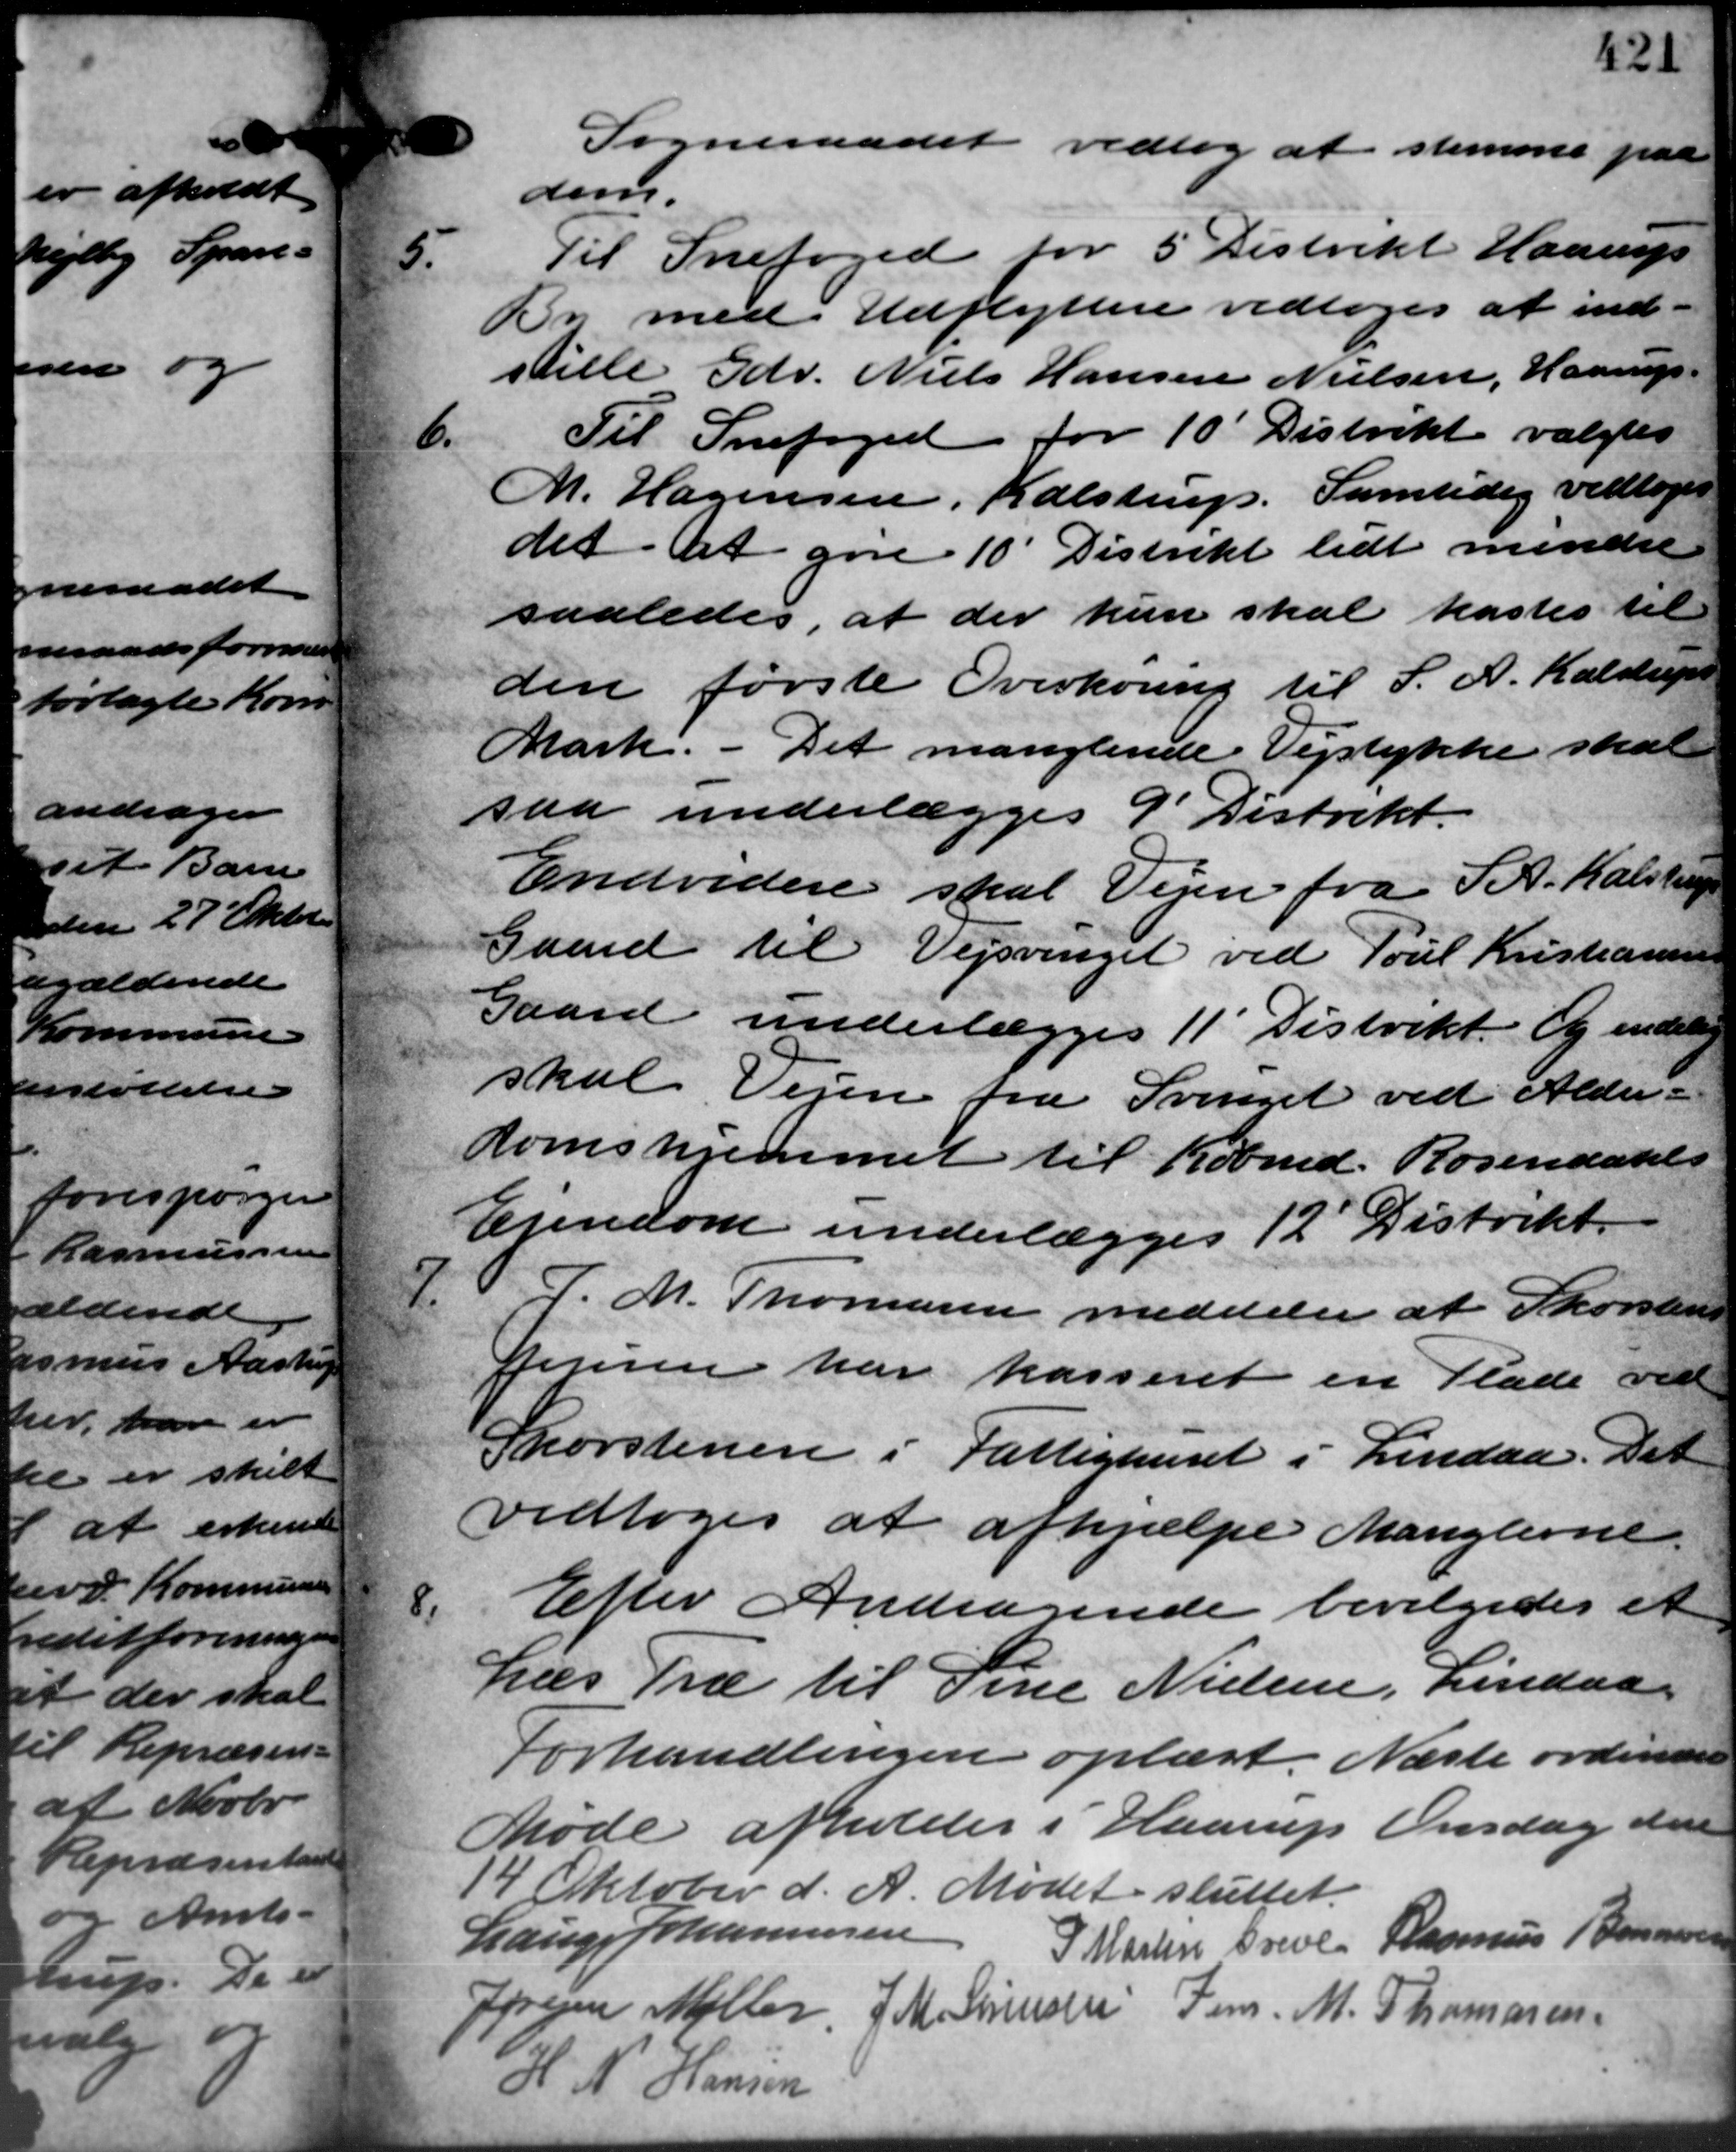
Transskription:
Sogneraadet vedtog at stemme paa
dem.
5.
Til Snefoged for 5 Distrikt Haarup
By med Udflyttere vedtoges at ind
stille Gdr. Niels Hansen Nielsen, Haarup -
6.
Til Snefoged for 10 Distrikt valgtes
M. Hagensen, Kalstrup. Samtidig vedtoges
det at gøre 10 Distrikt lidt mindre
saaledes, at der kun skal kastes til
den første Overkøring til S. A. Kalstrup
Mark. Det manglende Vejstykke skal
saa underlægges 9 Distrikt.
Endvidere skal Vejen fra S. A. Kalstrup
Gaard til Vejsvinget ved Poul Kristiansen
Gaard underlægges 11´ Distrikt. Og endelig
skal Vejen fra Svinget ved Alder –
domshjemmet til Købmd. Rosendahls
Ejendom underlægges 12 Distrikt.
7.
P.M. Thomasen meddeler at Skorstens
Jensen har kasseret en Plade ved
Skorstenen i Fattighuset i Lindaa. Det
vedtoges at afhjælpe Manglerne.
8.
Efter Andragende bevilgedes et
Læs Træ til Sine Nielsen, Lindaa
Forhandlingen oplæst. Næste ordinære
Møde afholdes i Haarup Onsdag den
14 Oktober d. A. Mødet sluttet.
Lauge Johannesen
P. Martin Greve Rasmus Bannersen
Jørgen Møller J. M. Sørensen Jens M. Thomasen
H. N. Hansen